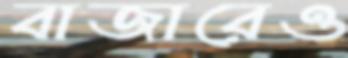
বাজারেও